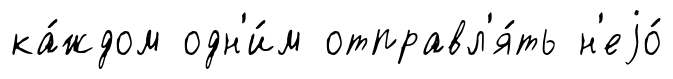
ка́ждом одн'и́м отправл'я́ть н'еjо́